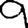
Digit: 9